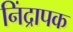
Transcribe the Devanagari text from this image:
निंद्रापक